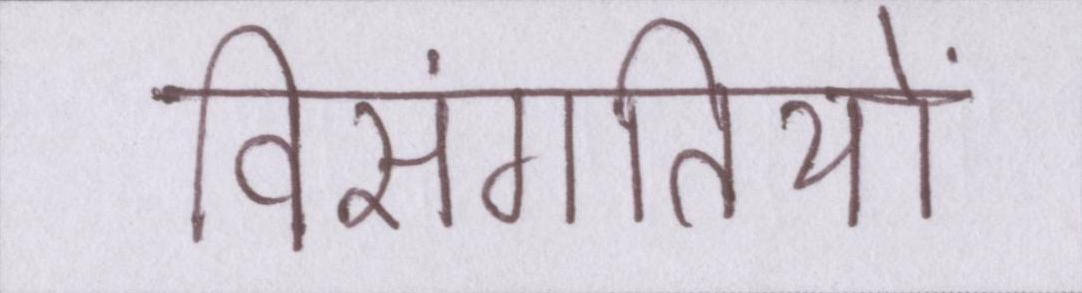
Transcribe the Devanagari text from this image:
विसंगतियों